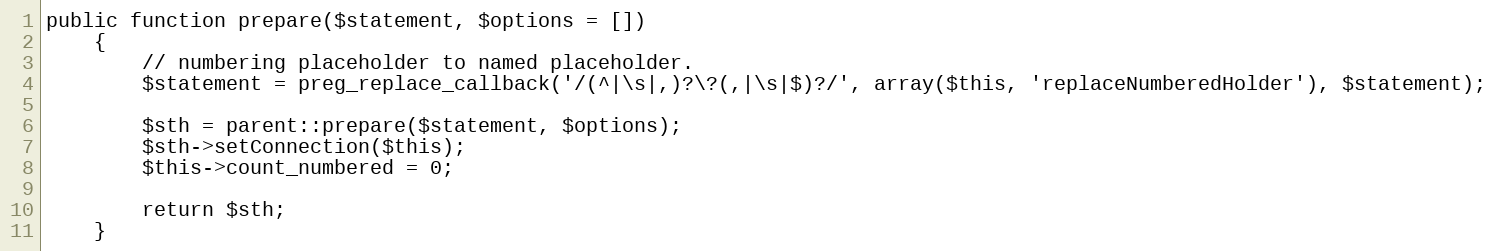
Language: PHP
public function prepare($statement, $options = [])
    {
        // numbering placeholder to named placeholder.
        $statement = preg_replace_callback('/(^|\s|,)?\?(,|\s|$)?/', array($this, 'replaceNumberedHolder'), $statement);

        $sth = parent::prepare($statement, $options);
        $sth->setConnection($this);
        $this->count_numbered = 0;

        return $sth;
    }